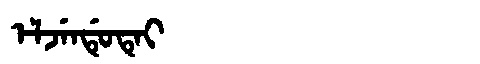
Manchu: ᡝᠯᠵᡝᠨᡩᡠᡨᡝᡳ
Romanization: ELJENDUTEI